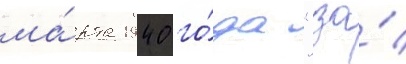
ма́рта 1940 го́да "за́